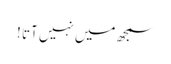
سمجھ میں نہیں آتا !